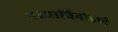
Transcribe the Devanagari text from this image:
हस्याविनोडणे